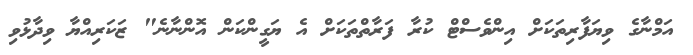
އަމްނާގެ ވިޔަފާރިތަކަށް އިންވެސްޓް ކުރާ ފަރާތްތަކަށް އެ ޔަގީންކަން އޮންނާނެ" ޒަކަރިއްޔާ ވިދާޅުވި